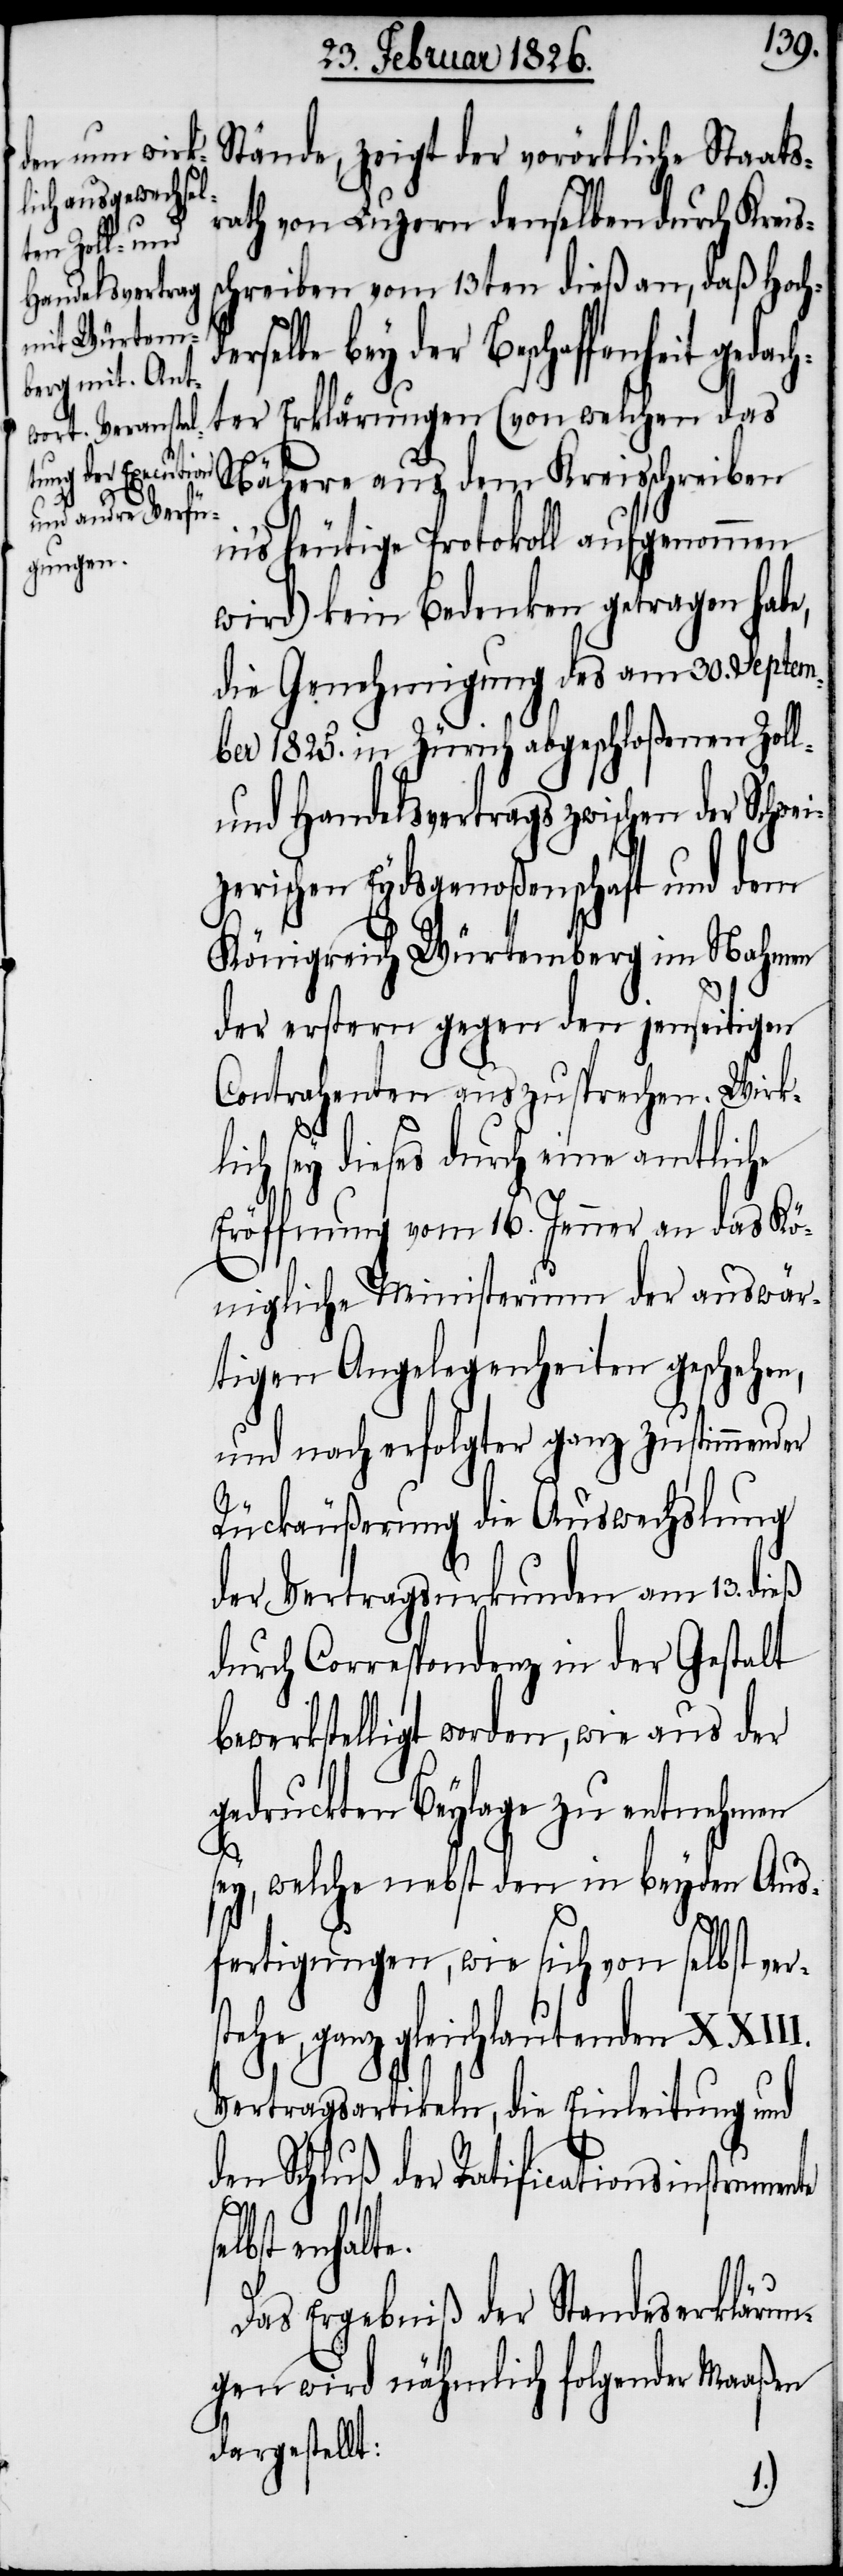
Stände, zeigt der vorörtliche Staats¬
rath von Luzern denselben durch Kreis¬
schreiben vom 13ten dieß an, daß Hochd¬
erselbe bey der Beschaffenh¬
ter Erklärungen (von welchen das
Nähere aus dem Kreisschreiben
in’s heutige Protokoll aufgenommen
wird) kein Bedenken getragen habe,
die Genehmigung des am 30. Septem¬
ber 1825. in Zürich abgeschloßenen Zoll-
und Handelsvertrags zwischen der Schwei¬
zerischen Eydsgenoßenschaft und dem
Königreich Würtemberg im Nahmen
der erstern gegen den jenseitigen
Contrahenten auszusprechen. Wirkl¬
sey dieses durch eine amtliche
Eröffnung vom 16. Jenner an das Kö¬
nigliche Ministerium der auswär¬
tigen Angelegenheiten geschehen,
und nach erfolgter ganz zustimmender
Rückäußerung die Auswechslung
der Vertragsurkunden am 13. dieß
durch Correspondenz in der Gestalt
bewerkstelligt worden, wie aus der
gedruckten Beylage zu entnehmen
st¬
sey, welche nebst den in beyden Aus¬
fertigungen, wie sich von selbst ver¬
ehe, ganz gleichlautenden
Vertragsartikeln, die Einleitung und
den Schluß der Ratificationsinstrumente
en[t]halte.
Das Ergebniß der Standeserklärun¬
gen wird nähmlich folgender Maaßen
dargestellt:
ich